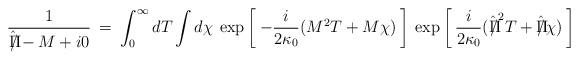
LaTeX: \begin{align*}\frac{1}{\hat {\Pi \hspace{-8pt}/} - M + i 0} \> = \>\int_0^{\infty} dT \int d\chi \> \exp \left [ \> - \frac{i}{2 \kappa_0} ( M^2 T + M \chi) \> \right ]\> \exp \left [ \> \frac{i}{2 \kappa_0} ( \hat {\Pi \hspace{-8pt}/}^2 T + \hat {\Pi \hspace{-8pt}/} \chi) \> \right ] \> \end{align*}